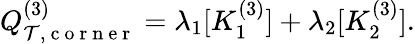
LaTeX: Q_{\mathcal{T},\mathrm{~c~o~r~n~e~r~}}^{(3)}=\lambda_{1}[K_{1}^{(3)}]+\lambda_{2}[K_{2}^{(3)}].